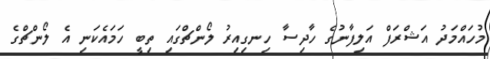
މުހައްމަދު އަޝްރަފް އަލިފާނުގެ ހާދިސާ ހިނގިއިރު ލޯންޗްގައި ތިބީ ހަމައެކަނި އެ ލޯންޗްގެ